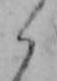
ら